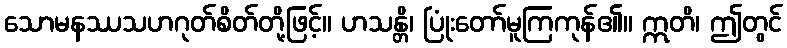
သောမနဿသဟဂုတ်စိတ်တို့ဖြင့်။ ဟသန္တိ၊ ပြုံးတော်မူကြကုန်၏။ ဣတိ၊ ဤတွင်